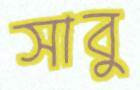
সাবু